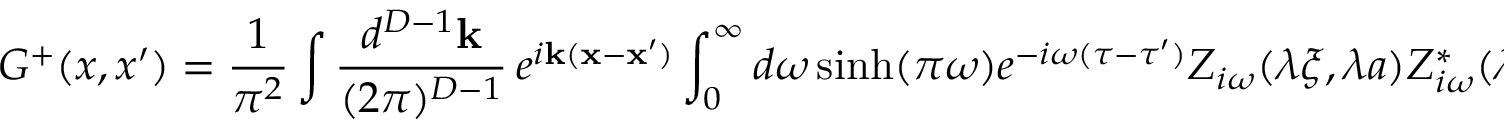
G ^ { + } ( x , x ^ { \prime } ) = \frac { 1 } { \pi ^ { 2 } } \int \frac { d ^ { D - 1 } { \mathbf k } } { ( 2 \pi ) ^ { D - 1 } } \, e ^ { i { \mathbf k } ( { \mathbf x } - { \mathbf x ^ { \prime } } ) } \int _ { 0 } ^ { \infty } d \omega \sinh ( \pi \omega ) e ^ { - i \omega ( \tau - \tau ^ { \prime } ) } Z _ { i \omega } ( \lambda \xi , \lambda a ) Z _ { i \omega } ^ { * } ( \lambda \xi ^ { \prime } , \lambda a ) .